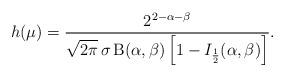
LaTeX: \begin{align*}h(\mu)=\frac{2^{2-\alpha-\beta}}{\sqrt{2\pi}\,\sigma\,\mathrm{B}(\alpha,\beta)\left[1-I_{\frac{1}{2}}(\alpha,\beta)\right]}.\end{align*}